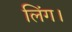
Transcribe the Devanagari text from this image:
लिंग।